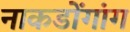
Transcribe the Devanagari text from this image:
नाकडोंगांग